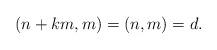
LaTeX: \begin{align*}(n+km,m)=(n,m)=d.\end{align*}